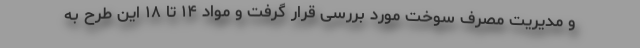
و مدیریت مصرف سوخت مورد بررسی قرار گرفت و مواد ۱۴ تا ۱۸ این طرح به